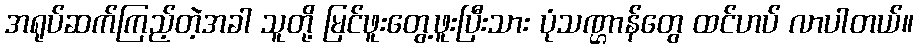
အရုပ်ဆက်ကြည့်တဲ့အခါ သူတို့ မြင်ဖူးတွေ့ဖူးပြီးသား ပုံသဏ္ဌာန်တွေ ထင်ဟပ် လာပါတယ်။